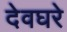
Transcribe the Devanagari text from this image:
देवघरे